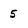
Character: 5